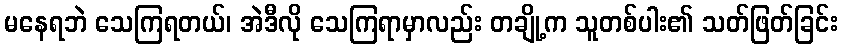
မနေရဘဲ သေကြရတယ်၊ အဲဒီလို သေကြရာမှာလည်း တချို့က သူတစ်ပါး၏ သတ်ဖြတ်ခြင်း